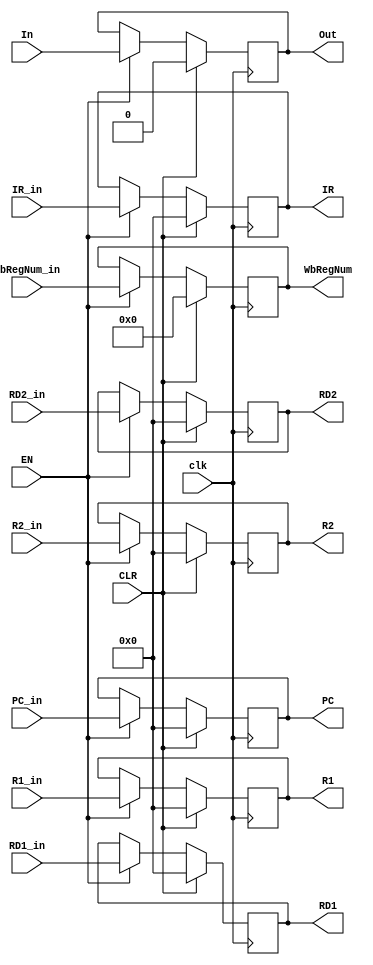
`timescale 1ns / 1ps
//
module MEMtoWB_reg(
    //
    input In, input clk,input EN, input CLR, output reg Out,
    input [31:0] IR_in, output reg [31:0] IR,
    input [31:0] PC_in, output reg [31:0] PC,
    //
    input [31:0] R1_in, output reg [31:0] R1,
    input [31:0] R2_in, output reg [31:0] R2,
    input [31:0] RD1_in, output reg [31:0] RD1,
    input [31:0] RD2_in, output reg [31:0] RD2,
    input [4:0] WbRegNum_in, output reg [4:0] WbRegNum        
);
    always @(posedge clk) begin
        if (CLR)begin
            {Out,IR,PC} <= 0;
            R1 <= 0;
            R2 <= 0;
            RD1 <= 0;
            RD2 <= 0;
            WbRegNum <= 0;
        end
        else if (EN) begin
            Out <= In;
            IR <= IR_in;
            PC <= PC_in;
            R1 <= R1_in;
            R2 <= R2_in;
            RD1 <= RD1_in;
            RD2 <= RD2_in;
            WbRegNum <= WbRegNum_in;
        end
    end
endmodule
//
module MEMtoWB_signal(
    //
    input In, input clk,input EN, input CLR, output reg Out,
    //
    //WB
    input RegWrite_in, output reg RegWrite,
    input LOWrite_in, output reg LOWrite,
    input HIWrite_in, output reg HIWrite,
    input JAL_in, output reg JAL,
    input SYSCALL_in, output reg SYSCALL
);
    always @(posedge clk) begin
        if (CLR)
            {Out,RegWrite,LOWrite,HIWrite,JAL} <= 0;
        else if (EN) begin
            Out <= In;
            RegWrite <= RegWrite_in;
            LOWrite <= LOWrite_in;
            HIWrite <= HIWrite_in;
            JAL <= JAL_in;
            SYSCALL <= SYSCALL_in;
        end
    end

endmodule